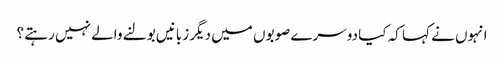
انہوں نے کہا کہ کیا دوسرے صوبوں میں دیگر زبانیں بولنے والے نہیں رہتے ؟